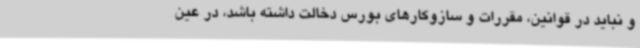
و نباید در قوانین، مقررات و سازوکارهای بورس دخالت داشته باشد، در عین